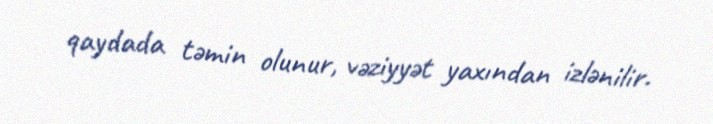
qaydada təmin olunur, vəziyyət yaxından izlənilir.